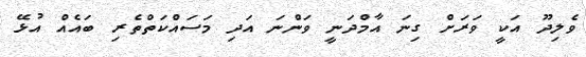
ވެލިދޫ އަކީ ވަރަށް ގިނަ އާމްދަނީ ވަންނަ އަދި މަސައްކަތްތެރި ބައެއް އުޅޭ